Note on the mental hospitals in Burma - 1925-1940
Year: 1925
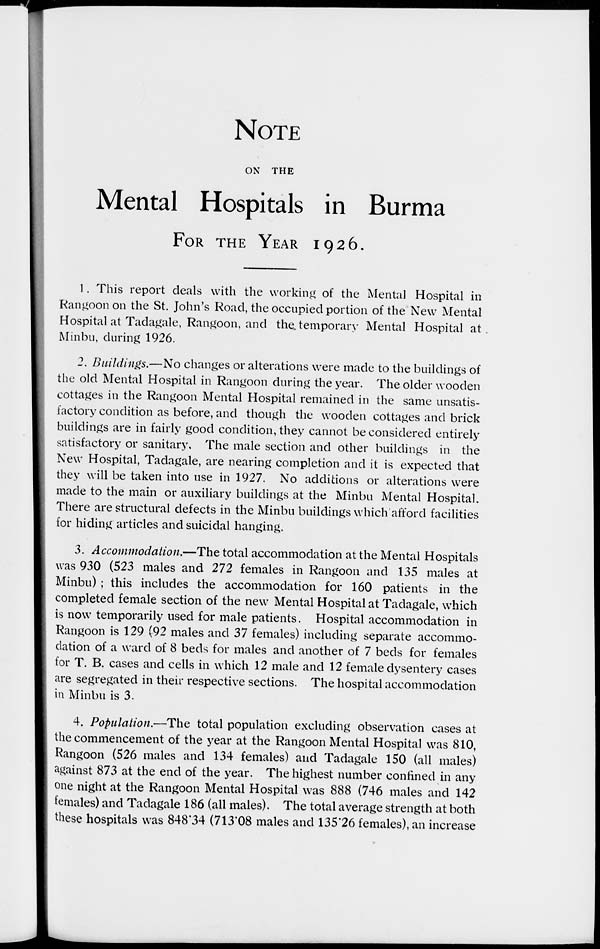
NOTE
ON THE
Mental Hospitals in Burma
FOR THE YEAR 1926.
1. This report deals with the working of the Mental Hospital in
Rangoon on the St. John's Road, the occupied portion of the New Mental
Hospital at Tadagale, Rangoon, and the. temporary Mental Hospital at.
Minbu, during 1926.
2. Buildings.—No changes or alterations were made to the buildings of
the old Mental Hospital in Rangoon during the year. The older wooden
cottages in the Rangoon Mental Hospital remained in the same unsatis-
factory condition as before, and though the wooden cottages and brick
buildings are in fairly good condition, they cannot be considered entirely
satisfactory or sanitary. The male section and other buildings in the
New Hospital, Tadagale, are nearing completion and it is expected that
they will be taken into use in 1927. No additions or alterations were
made to the main or auxiliary buildings at the Minbu Mental Hospital.
There are structural defects in the Minbu buildings which afford facilities
for hiding articles and suicidal hanging.
3. Accommodation.—The total accommodation at the Mental Hospitals
was 930 (523 males and 272 females in Rangoon and 135 males at
Minbu) ; this includes the accommodation for 160 patients in the
completed female section of the new Mental Hospital at Tadagale, which
is now temporarily used for male patients. Hospital accommodation in
Rangoon is 129 (92 males and 37 females) including separate accommo-
dation of a ward of 8 beds for males and another of 7 beds for females
for T. B. cases and cells in which 12 male and 12 female dysentery cases
are segregated in their respective sections. The hospital accommodation
in Minbu is 3.
4. Population.—The total population excluding observation cases at
the commencement of the year at the Rangoon Mental Hospital was 810,
Rangoon (526 males and 134 females) and Tadagale 150 (all males)
against 873 at the end of the year. The highest number confined in any
one night at the Rangoon Mental Hospital was 888 (746 males and 142
females) and Tadagale 186 (all males). The total average strength at both
these hospitals was 848.34 (713.08 males and 135.26 females), an increase